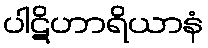
ပါဋိဟာရိယာနံ